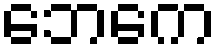
ဘေကေ